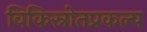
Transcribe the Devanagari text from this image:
विकिस्रोतप्रकल्प